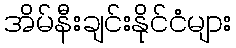
အိမ်နီးချင်းနိုင်ငံများ